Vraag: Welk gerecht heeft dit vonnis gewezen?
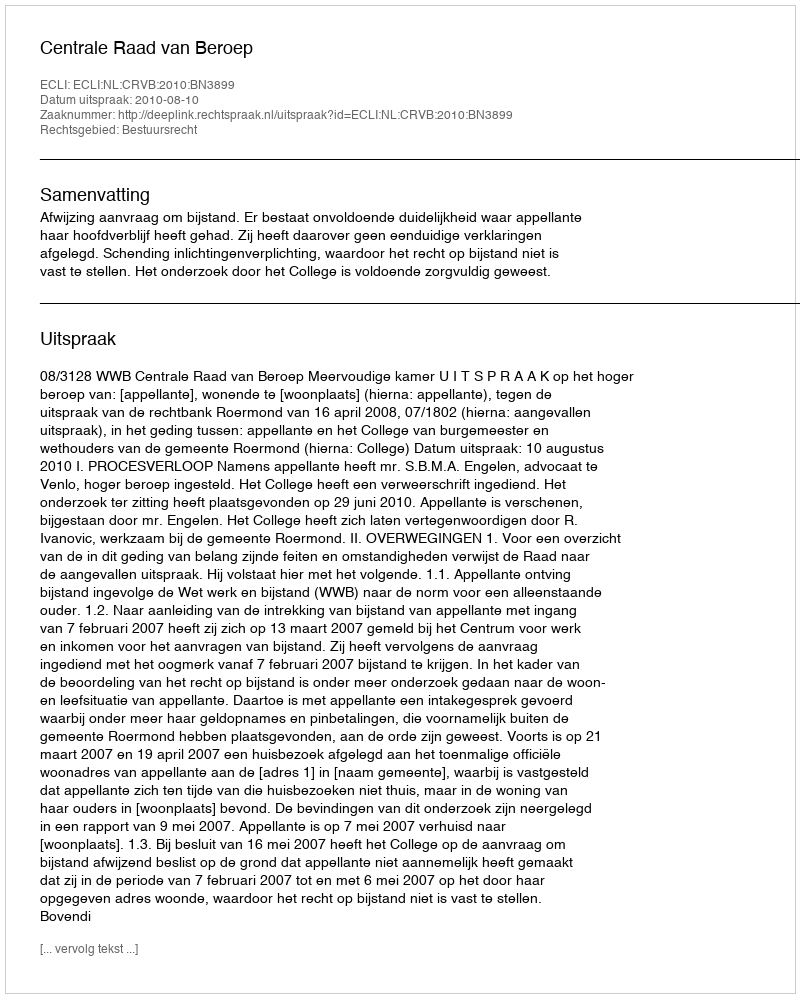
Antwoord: Centrale Raad van Beroep